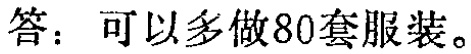
答：可以多做80套服装。